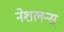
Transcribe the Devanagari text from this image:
नेशलन्स